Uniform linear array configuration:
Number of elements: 64
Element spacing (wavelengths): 1
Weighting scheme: blackman
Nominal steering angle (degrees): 30
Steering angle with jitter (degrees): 29.504
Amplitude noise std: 0.05
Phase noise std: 0.05

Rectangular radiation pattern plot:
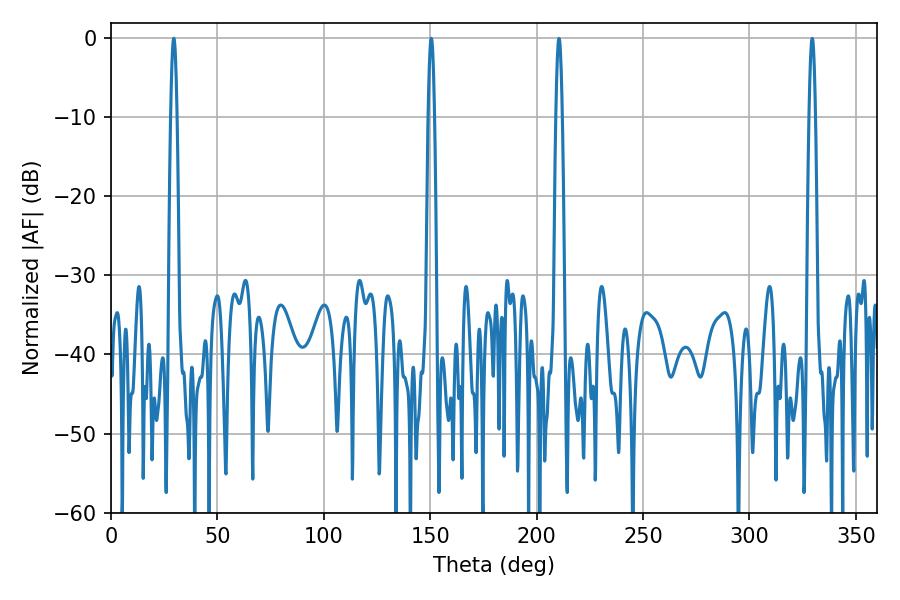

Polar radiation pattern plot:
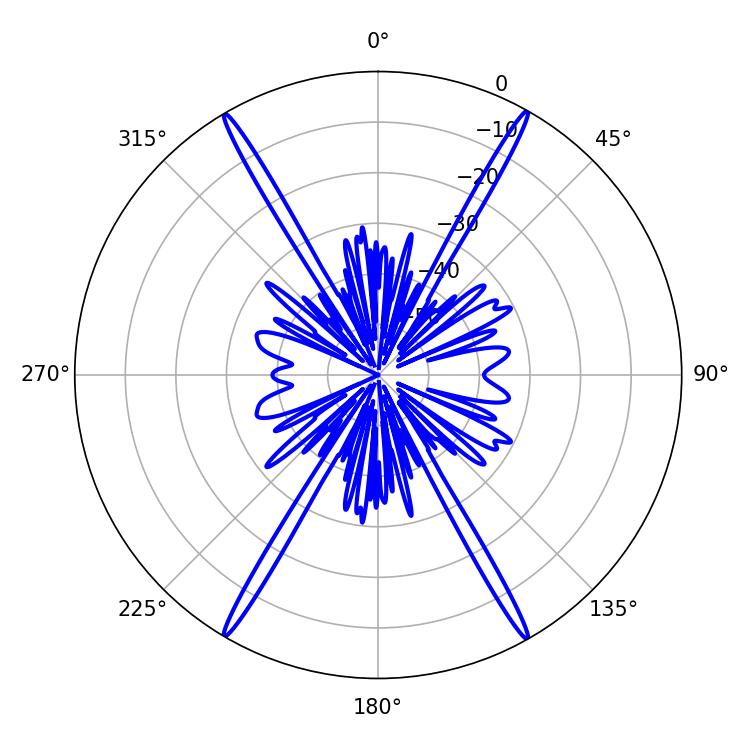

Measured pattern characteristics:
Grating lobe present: TRUE
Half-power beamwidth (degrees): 1.44
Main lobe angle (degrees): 29.52